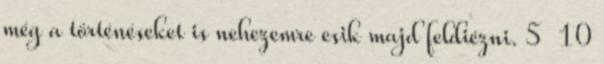
még a történéseket is nehezemre esik majd feldiézni. 5 10